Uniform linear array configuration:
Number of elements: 4
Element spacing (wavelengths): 1
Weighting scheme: hann
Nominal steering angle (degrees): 0
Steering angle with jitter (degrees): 0.434
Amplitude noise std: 0.05
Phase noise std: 0.05

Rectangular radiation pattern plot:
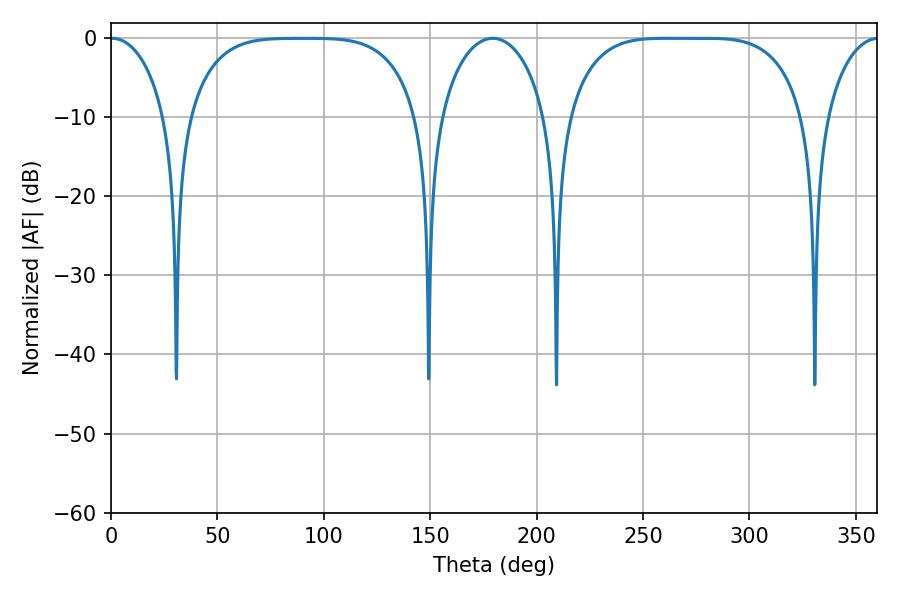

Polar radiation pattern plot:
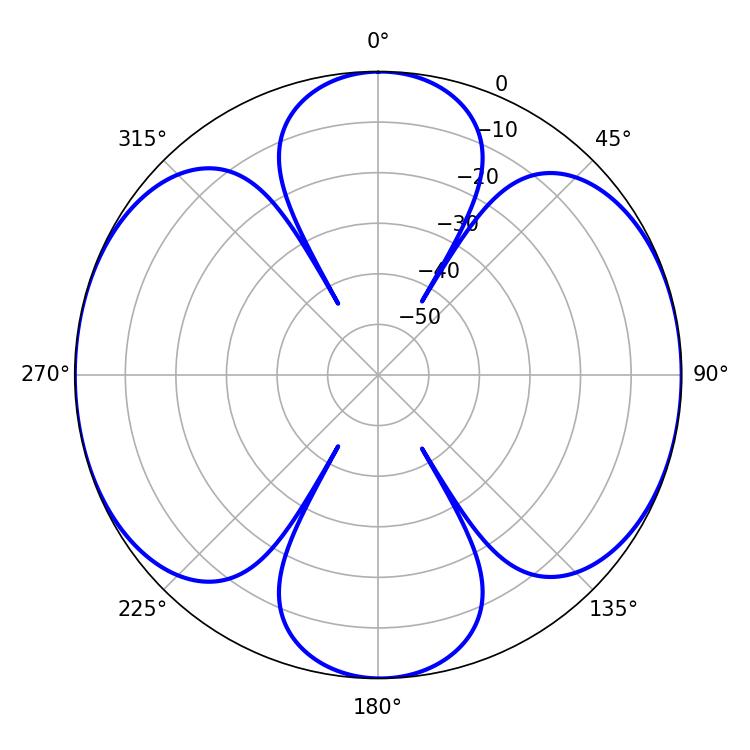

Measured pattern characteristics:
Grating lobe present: TRUE
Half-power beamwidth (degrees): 84.6
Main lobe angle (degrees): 261.72